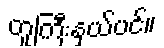
တူကြီးနှယ်ပင်။